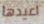
اعيدها